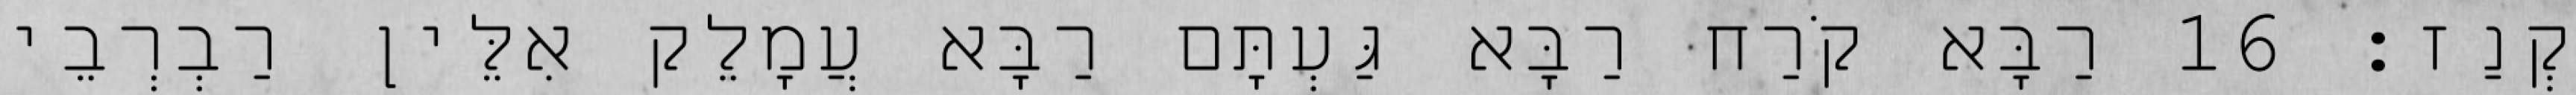
קְנַז׃ 16 רַבָּא קֹרַח רַבָּא גַּעְתָּם רַבָּא עֲמָלֵק אִלֵּין רַבְרְבֵי